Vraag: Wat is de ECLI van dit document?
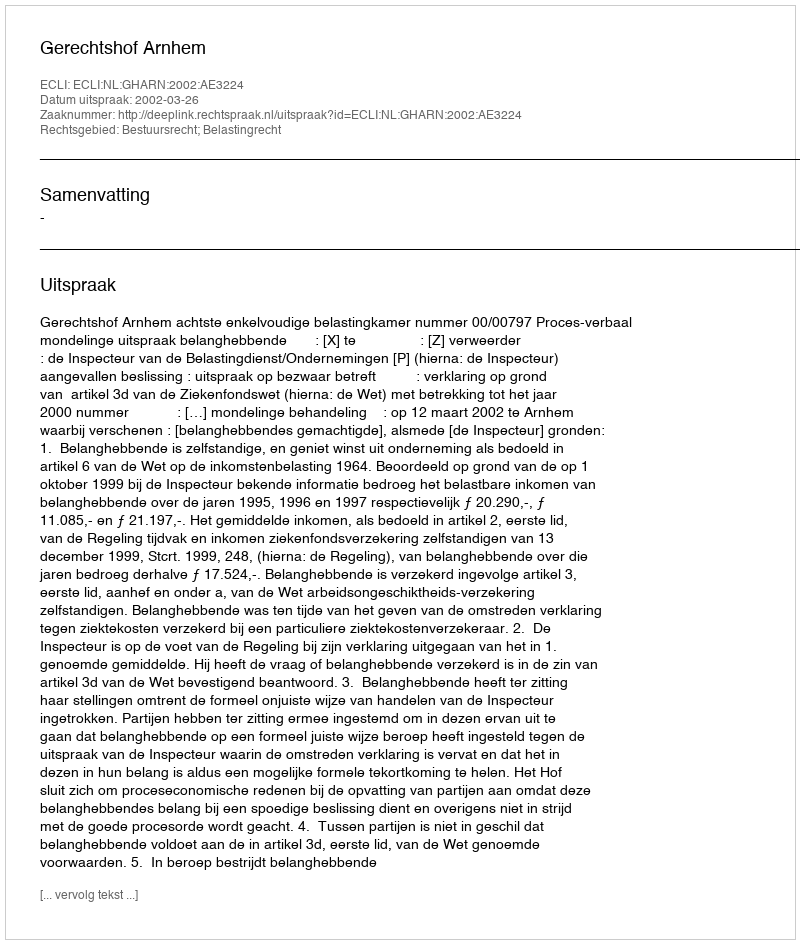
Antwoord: ECLI:NL:GHARN:2002:AE3224